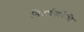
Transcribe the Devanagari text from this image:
निदर्शनांपैकी